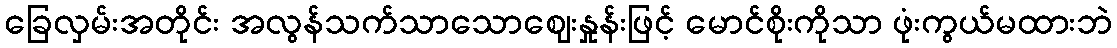
ခြေလှမ်းအတိုင်း အလွန်သက်သာသောဈေးနှုန်းဖြင့် မောင်စိုးကိုသာ ဖုံးကွယ်မထားဘဲ